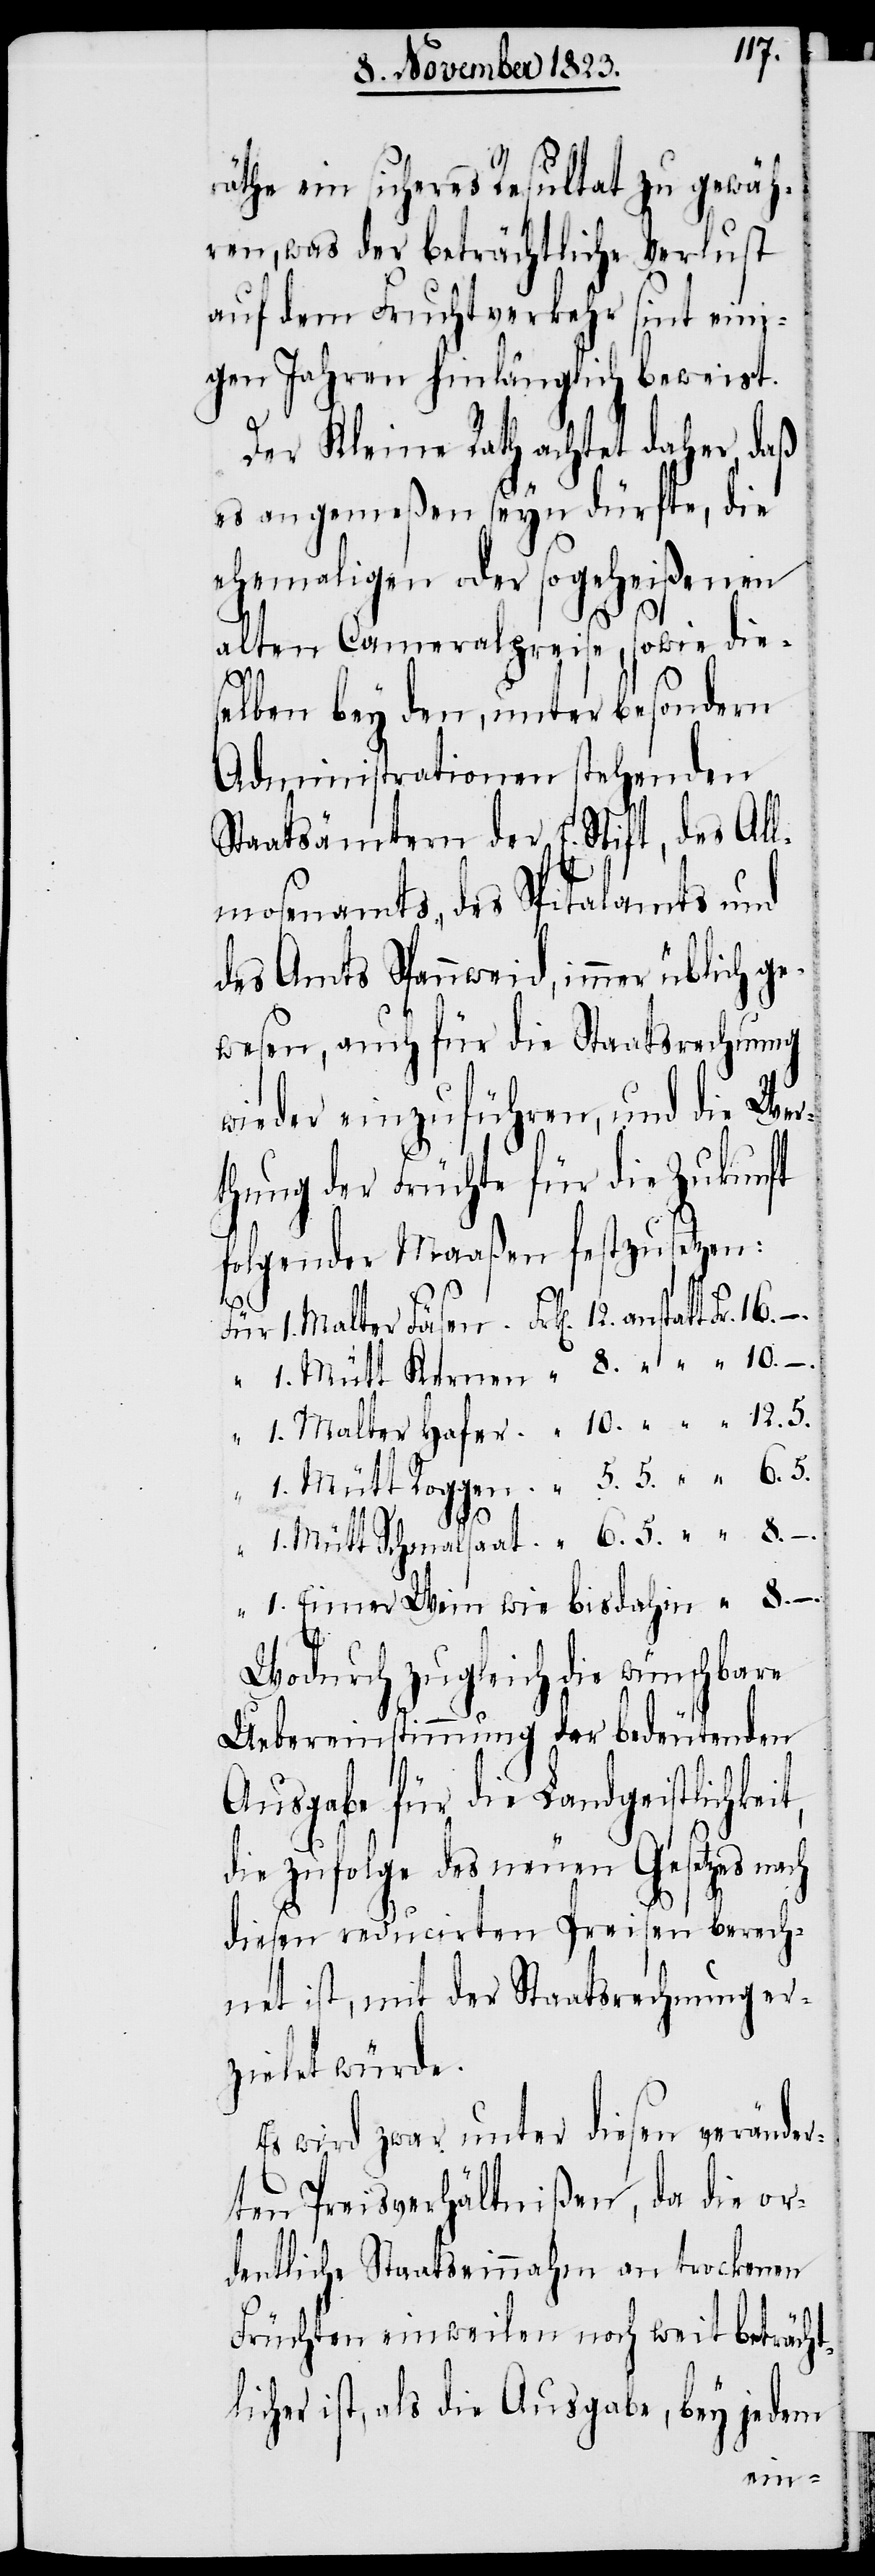
räthe ein sicheres Resultat zu gewäh¬
ren, was der beträchtliche Verlust
auf dem Fruchtverkehr sint eini¬
gen Jahren hinlänglich beweist.
Der Kleine Rath achtet daher, daß
es angemeßen seyn dürfte, die
ehemaligen oder sogeheißenen
alten Cameralpreise, sowie die¬
8.
selben bey den, unter besondern
Administrationen stehenden
Staatsämtern der E. Stift, des All¬
mosenamts, des Spitalamts und
des Amts Spannweid, immer üblich ge¬
wesen, auch für die Staatsrechnung
wieder einzuführen, und die Wer¬
thung der Früchte für die Zukunft
folgender Maaßen festzusetzen:
da¬
Wodurch zugleich die wünschbare
Uebereinstimmung der bedeutenden
Ausgabe für die Landgeistlichkeit,
die zufolge des neuen Gesetzes
diesen reducirten Preisen berech¬
net ist, mit der Staatsrechnung er¬
zielet würde.
Es wird zwar unter diesen veränder¬
ten Preisverhältnißen, da die or¬
dentliche Staatseinnahm an trockenen
Früchten einweilen noch weit beträcht¬
licher ist, als die Ausgabe, bey jedem
hin

„